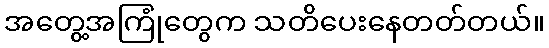
အတွေ့အကြုံတွေက သတိပေးနေတတ်တယ်။